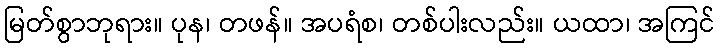
မြတ်စွာဘုရား။ ပုန၊ တဖန်။ အပရံစ၊ တစ်ပါးလည်း။ ယထာ၊ အကြင်